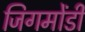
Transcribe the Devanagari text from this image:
जिगमोंडी